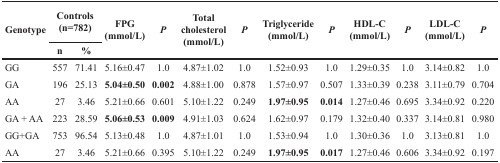
<table><thead><tr><td rowspan="2"><b>Genotype</b></td><td colspan="2"><b>Controls (n=782)</b></td><td rowspan="2"><b>FPG (mmol/L)</b></td><td rowspan="2"><b><i>P</i></b></td><td rowspan="2"><b>Total cholesterol (mmol/L)</b></td><td rowspan="2"><b><i>P</i></b></td><td rowspan="2"><b>Triglyceride (mmol/L)</b></td><td rowspan="2"><b><i>P</i></b></td><td rowspan="2"><b>HDL-C (mmol/L)</b></td><td rowspan="2"><b><i>P</i></b></td><td rowspan="2"><b>LDL-C (mmol/L)</b></td><td rowspan="2"><b><i>P</i></b></td></tr><tr><td><b>n</b></td><td><b>%</b></td></tr></thead><tbody><tr><td>GG</td><td>557</td><td>71.41</td><td>5.16±0.47</td><td>1.0</td><td>4.87±1.02</td><td>1.0</td><td>1.52±0.93</td><td>1.0</td><td>1.29±0.35</td><td>1.0</td><td>3.14±0.82</td><td>1.0</td></tr><tr><td>GA</td><td>196</td><td>25.13</td><td><b>5.04±0.50</b></td><td><b>0.002</b></td><td>4.88±1.00</td><td>0.878</td><td>1.57±0.97</td><td>0.507</td><td>1.33±0.39</td><td>0.238</td><td>3.11±0.79</td><td>0.704</td></tr><tr><td>AA</td><td>27</td><td>3.46</td><td>5.21±0.66</td><td>0.601</td><td>5.10±1.22</td><td>0.249</td><td><b>1.97±0.95</b></td><td><b>0.014</b></td><td>1.27±0.46</td><td>0.695</td><td>3.34±0.92</td><td>0.220</td></tr><tr><td>GA + AA</td><td>223</td><td>28.59</td><td><b>5.06±0.53</b></td><td><b>0.009</b></td><td>4.91±1.03</td><td>0.624</td><td>1.62±0.97</td><td>0.179</td><td>1.32±0.40</td><td>0.337</td><td>3.14±0.81</td><td>0.980</td></tr><tr><td>GG+GA</td><td>753</td><td>96.54</td><td>5.13±0.48</td><td>1.0</td><td>4.87±1.01</td><td>1.0</td><td>1.53±0.94</td><td>1.0</td><td>1.30±0.36</td><td>1.0</td><td>3.13±0.81</td><td>1.0</td></tr><tr><td>AA</td><td>27</td><td>3.46</td><td>5.21±0.66</td><td>0.395</td><td>5.10±1.22</td><td>0.249</td><td><b>1.97±0.95</b></td><td><b>0.017</b></td><td>1.27±0.46</td><td>0.606</td><td>3.34±0.92</td><td>0.197</td></tr></tbody></table>